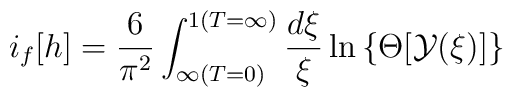
i_{f}[h]=\frac{6}{\pi^2}\int_{\infty(T=0)}^{1(T=\infty)}\frac{d\xi}{\xi}\ln\left\{\Theta[\cal{Y}(\xi)]\right\}